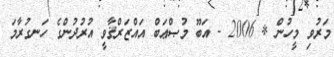
މަރުވި މީހުން * 2006 - އަބޫ މުޞްޢަބް އައްޒަރްޤާވީ އުރުދުންގެ ހަނގުރާމަ